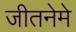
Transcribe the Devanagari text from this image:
जीतनेमे